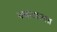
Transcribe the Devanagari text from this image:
क्वांटासला